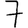
Digit: 7